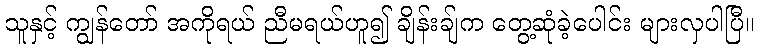
သူနှင့် ကျွန်တော် အကိုရယ် ညီမရယ်ဟူ၍ ချိန်းချ်က တွေ့ဆုံခဲ့ပေါင်း များလှပါပြီ။